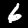
Digit: 6